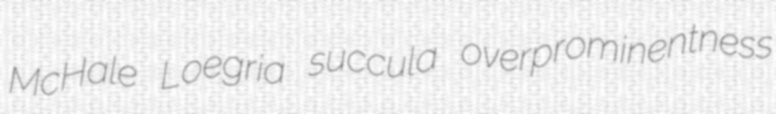
McHale Loegria succula overprominentness